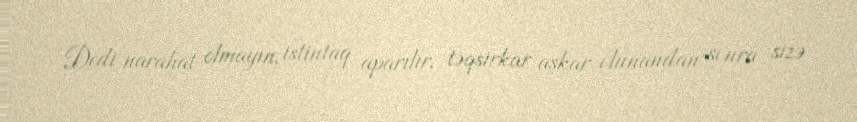
Dedi narahat olmayın, istintaq aparılır, təqsirkar aşkar olunandan sonra sizə